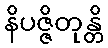
နိပဇ္ဇိတုန္တိ